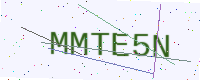
Text: MMTE5N